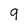
Character: 9